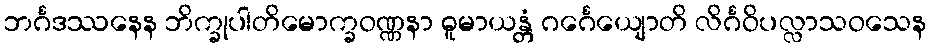
ဘင်္ဂဒဿနေန ဘိက္ခုပါတိမောက္ခဝဏ္ဏနာ ဓူမာယန္တံ ဂင်္ဂေယျောတိ လိင်္ဂဝိပလ္လာသဝသေန